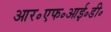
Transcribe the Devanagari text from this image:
आर॰एफ॰आई॰डी॰